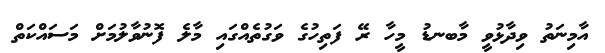
އާމިނަތު ވިދާޅުވީ މާބނޑު މީހާ ރޭ ފަތިހުގެ ވަގުތެއްގައި މާލެ ފޮނުވާލުމަށް މަސައްކަތް